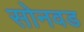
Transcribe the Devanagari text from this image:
सोनवड